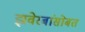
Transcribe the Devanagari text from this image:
झवेरबांसोबत